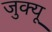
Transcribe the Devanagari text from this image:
जुक्यू